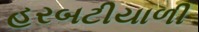
હરબટીયાળી